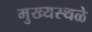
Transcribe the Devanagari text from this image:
मुख्यस्थळे